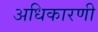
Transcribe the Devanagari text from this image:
अधिकारणी